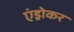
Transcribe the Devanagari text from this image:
एंड्रोकर